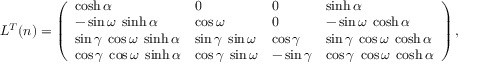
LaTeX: { \cal L } ^ { T } ( n ) = \left( \begin{array} { l l l l } { { \cosh \alpha } } & { { 0 } } & { { 0 } } & { { \sinh \alpha } } \\ { { - \sin \omega \; \sinh \alpha } } & { { \cos \omega } } & { { 0 } } & { { - \sin \omega \; \cosh \alpha } } \\ { { \sin \gamma \; \cos \omega \; \sinh \alpha } } & { { \sin \gamma \; \sin \omega } } & { { \cos \gamma } } & { { \sin \gamma \; \cos \omega \; \cosh \alpha } } \\ { { \cos \gamma \; \cos \omega \; \sinh \alpha } } & { { \cos \gamma \; \sin \omega } } & { { - \sin \gamma } } & { { \cos \gamma \; \cos \omega \; \cosh \alpha } } \end{array} \right) ,